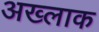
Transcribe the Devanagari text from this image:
अख्लाक